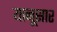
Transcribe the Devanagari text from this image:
यानूसार